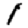
Digit: 1